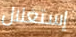
إستغلال